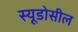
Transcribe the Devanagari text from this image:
स्यूडोसील